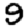
Digit: 9